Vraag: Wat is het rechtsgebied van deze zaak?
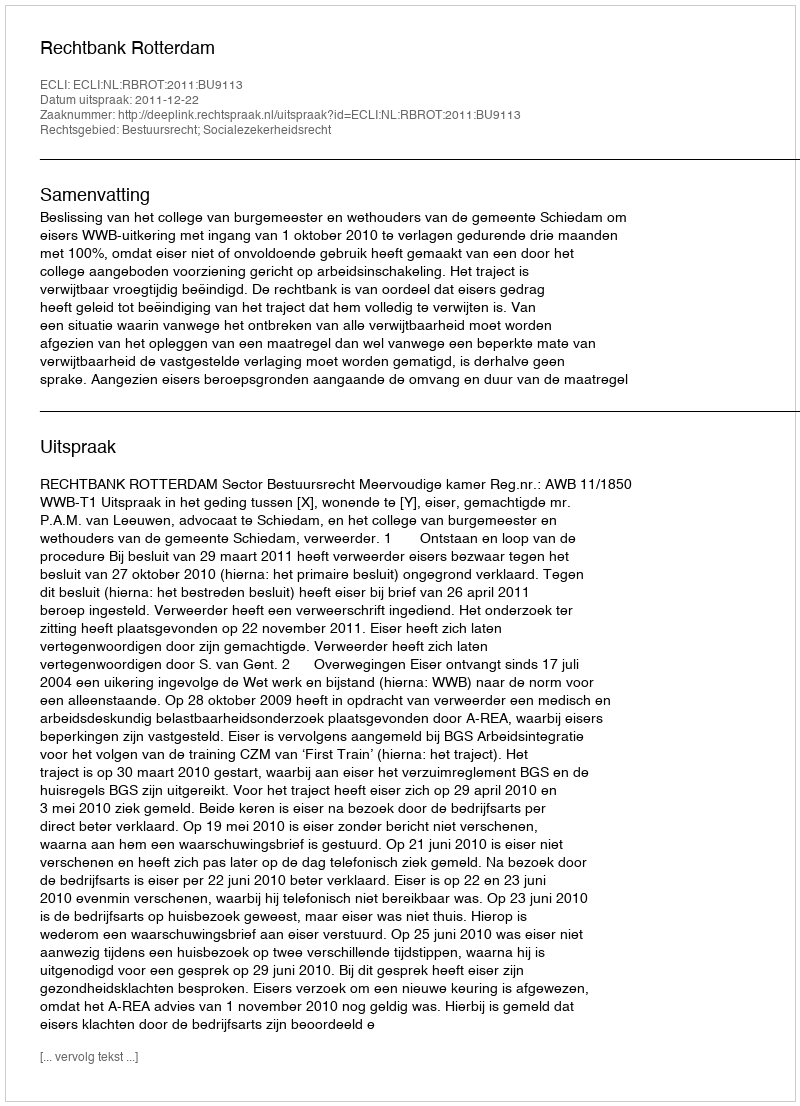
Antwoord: Bestuursrecht; Socialezekerheidsrecht